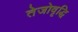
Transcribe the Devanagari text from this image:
तेजोवृद्धि